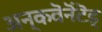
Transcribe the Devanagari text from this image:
अन्‌कवॆनॆंटॆड्